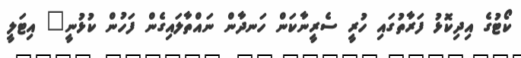
ކޯޓުގެ އިދިކޮޅު ފަރާތުގައި ހުރީ ސެރީނާކަން ހަނދާން ނައްތާލައިގެން ފަހުން ކުޅުނީ" އިޓަލީ